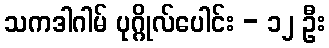
သကဒါဂါမ် ပုဂ္ဂိုလ်ပေါင်း - ၁၂ ဦး